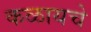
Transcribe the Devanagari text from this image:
कळायचे